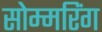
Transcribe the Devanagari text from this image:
सोम्मरिंग